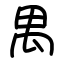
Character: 禺